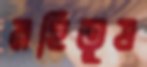
মহিতুষ